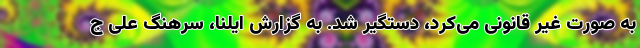
به صورت غیر قانونی می‌کرد، دستگیر شد. به گزارش ایلنا، سرهنگ علی ج